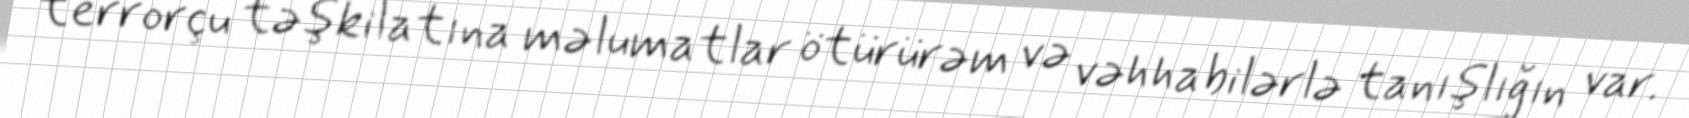
terrorçu təşkilatına məlumatlar ötürürəm və vəhhabilərlə tanışlığın var.